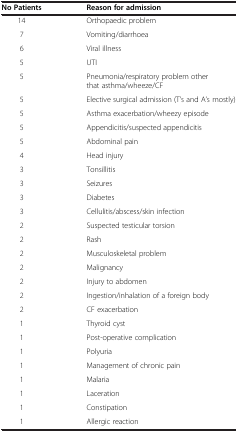
| No Patients | Reason for admission |
 | --- | --- |
 | 14 | Orthopaedic problem |
 | 7 | Vomiting/diarrhoea |
 | 6 | Viral illness |
 | 5 | UTI |
 | 5 | Pneumonia/respiratory problem other that asthma/wheeze/CF |
 | 5 | Elective surgical admission (T’s and A’s mostly) |
 | 5 | Asthma exacerbation/wheezy episode |
 | 5 | Appendicitis/suspected appendicitis |
 | 5 | Abdominal pain |
 | 4 | Head injury |
 | 3 | Tonsillitis |
 | 3 | Seizures |
 | 3 | Diabetes |
 | 3 | Cellulitis/abscess/skin infection |
 | 2 | Suspected testicular torsion |
 | 2 | Rash |
 | 2 | Musculoskeletal problem |
 | 2 | Malignancy |
 | 2 | Injury to abdomen |
 | 2 | Ingestion/inhalation of a foreign body |
 | 2 | CF exacerbation |
 | 1 | Thyroid cyst |
 | 1 | Post-operative complication |
 | 1 | Polyuria |
 | 1 | Management of chronic pain |
 | 1 | Malaria |
 | 1 | Laceration |
 | 1 | Constipation |
 | 1 | Allergic reaction |